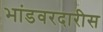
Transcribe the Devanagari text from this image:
भांडवरदारीस